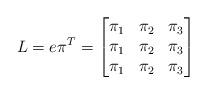
LaTeX: \begin{align*}L=e\pi^{T}= \begin{bmatrix}\pi_{1} & \pi_{2} & \pi_{3}\\\pi_{1} & \pi_{2} & \pi_{3}\\\pi_{1} & \pi_{2} & \pi_{3}\\\end{bmatrix}\end{align*}